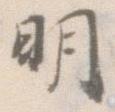
明